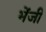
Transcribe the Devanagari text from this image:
भेंजी